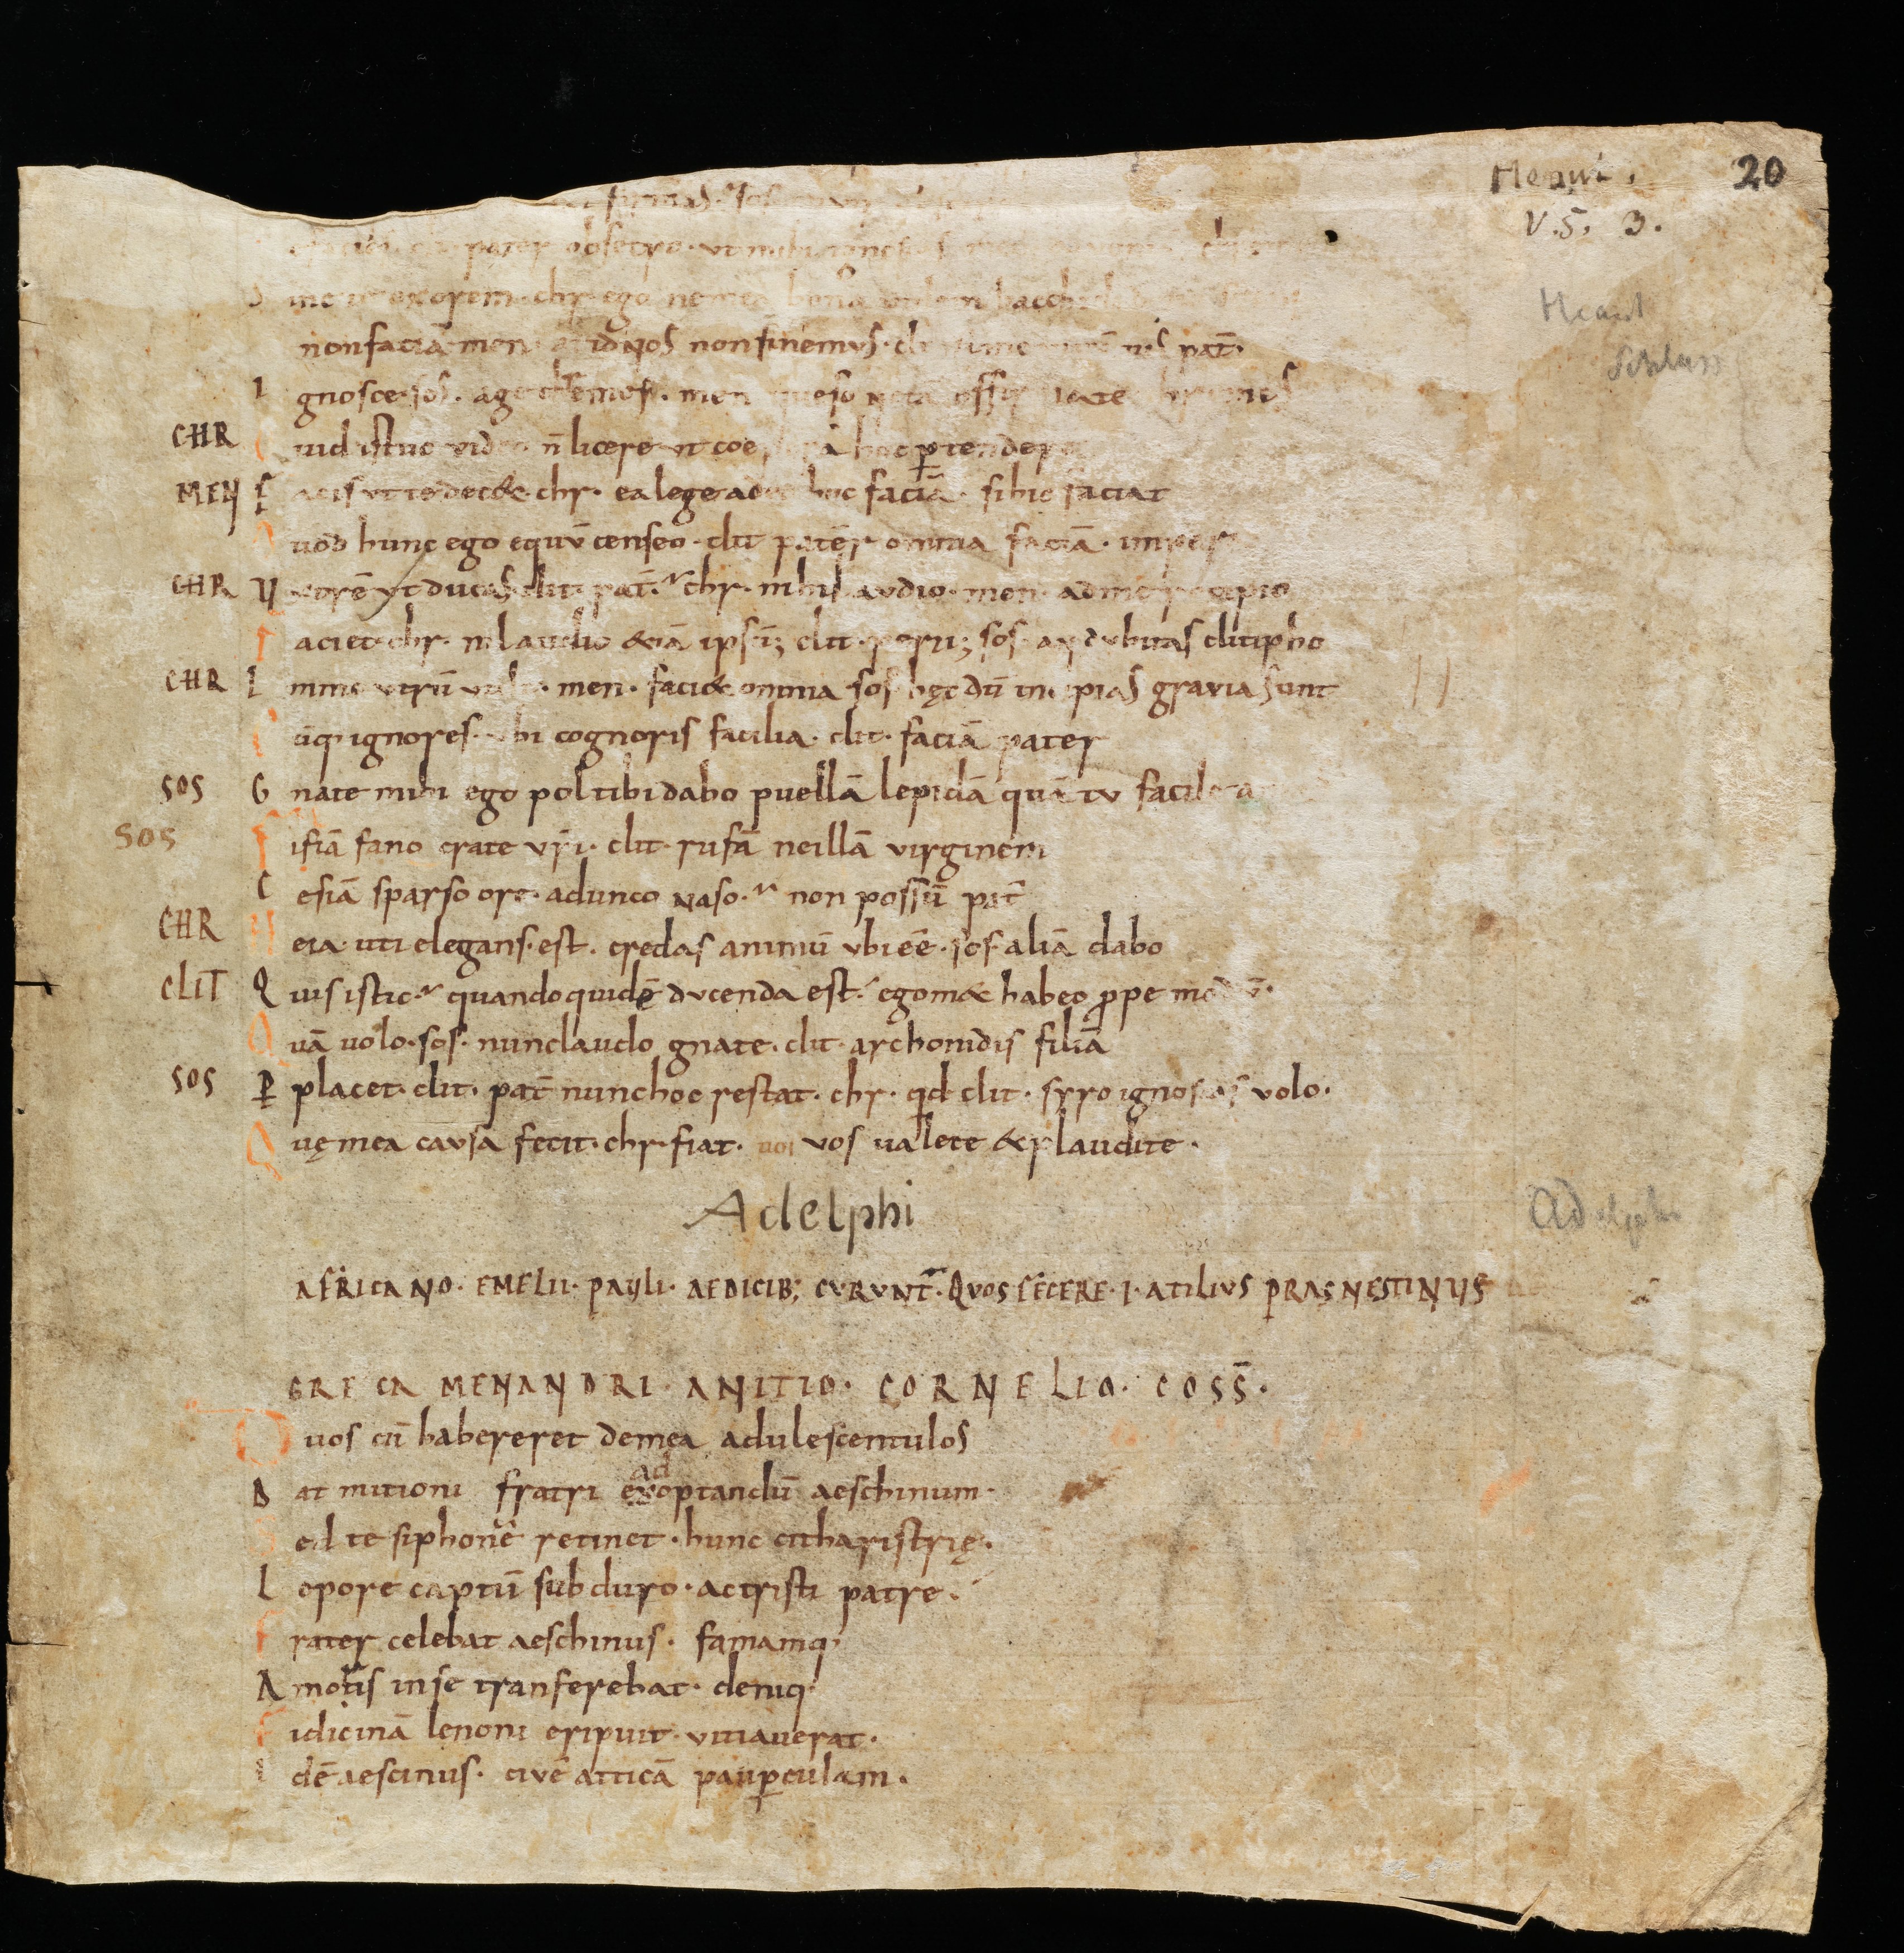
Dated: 950–999